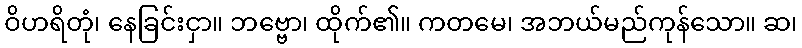
ဝိဟရိတုံ၊ နေခြင်းငှာ။ ဘဗ္ဗော၊ ထိုက်၏။ ကတမေ၊ အဘယ်မည်ကုန်သော။ ဆ၊